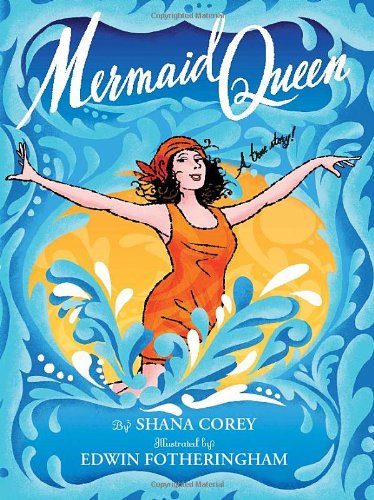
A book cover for Mermaid Queen: The Spectacular True Story Of Annette Kellerman, Who Swam Her Way To Fame, Fortune & Swimsuit History!; Shana Corey; Children's Books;